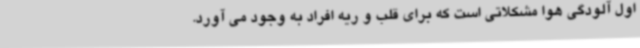
اول آلودگی هوا مشکلاتی است که برای قلب و ریه افراد به وجود می آورد.